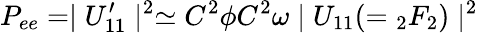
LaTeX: P_{ee}=\mid U_{11}^{\prime}\mid^{2}\simeq C^{2}\phi C^{2}\omega\mid U_{11}(={}_{2}F_{2})\mid^{2}